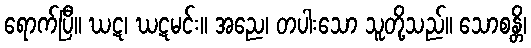
ရောက်ပြီ။ ဃဋ၊ ဃဋမင်း။ အညေ၊ တပါးသော သူတို့သည်။ သောစန္တိ၊